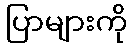
ပြာများကို